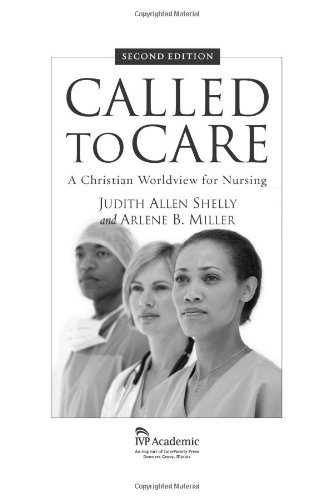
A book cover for Called to Care: A Christian Worldview for Nursing; Judith Allen Shelly; Medical Books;